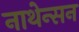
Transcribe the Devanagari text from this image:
नाथेन्सन